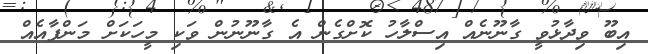
އިބޫ ވިދާޅުވީ ގާނޫނެއް އިސްލާހު ކޮށްގެން އެ ގާނޫނުން ވަކި މީހަކަށް މަންފާއެއް